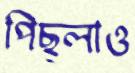
পিছ্‌লাও